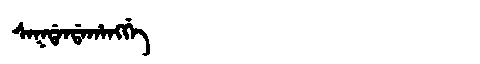
Manchu: ᠰᠠᡴᡩᠠᠨᡩᠠᡥᠠᠩᡤᡝ
Romanization: SAKDANDAHANGGE